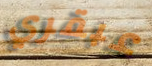
عبقري